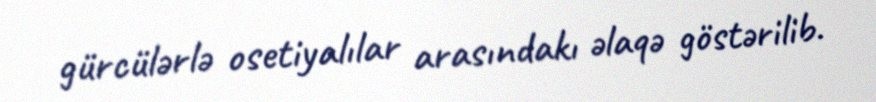
gürcülərlə osetiyalılar arasındakı əlaqə göstərilib.